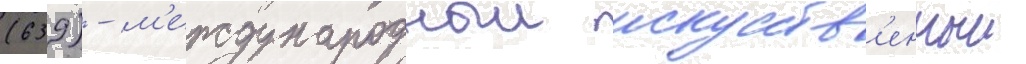
(639) - м'еждународныи искусств'енныи